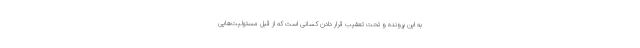
به این پرونده و تحت تعقیب قرار دادن کسانی است که از قِبَل مسئولیت‌هایی